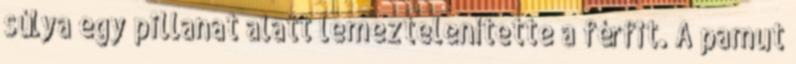
súlya egy pillanat alatt lemeztelenítette a férfit. A pamut